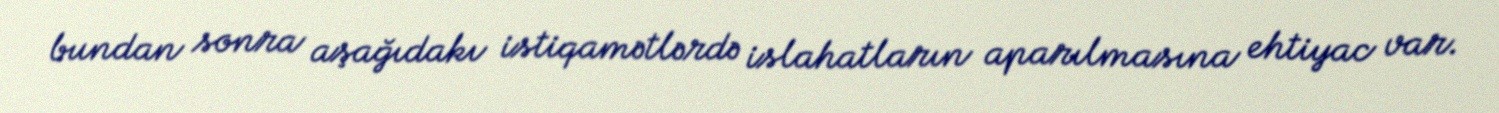
bundan sonra aşağıdakı istiqamətlərdə islahatların aparılmasına ehtiyac var.